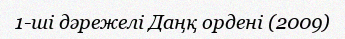
1-ші дәрежелі Даңқ ордені (2009)